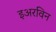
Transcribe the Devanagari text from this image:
इअरविन